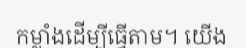
កម្លាំងដើម្បីធ្វើតាម។ យើង